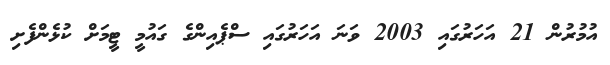
އުމުރުން 21 އަހަރުގައި 2003 ވަނަ އަހަރުގައި ސްޕެއިންގެ ގައުމީ ޓީމަށް ކުޅެންފެށި